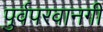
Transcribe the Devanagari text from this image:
पुर्वपरवानगी